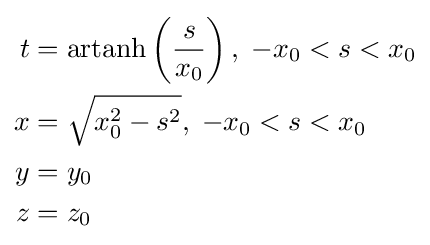
{\begin{aligned}t&=\operatorname {artanh} \left({\frac {s}{x_{0}}}\right),\;-x_{0}<s<x_{0}\\x&={\sqrt {x_{0}^{2}-s^{2}}},\;-x_{0}<s<x_{0}\\y&=y_{0}\\z&=z_{0}\end{aligned}}